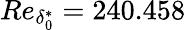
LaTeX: Re_{\delta_{0}^{*}}=240.458